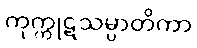
ကုက္ကုဋသမ္ပာတိကာ